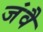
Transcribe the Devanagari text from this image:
जंवै